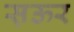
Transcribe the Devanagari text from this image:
स़ऊर